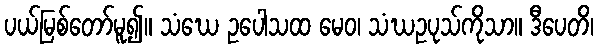
ပယ်မြစ်တော်မူ၍။ သံဃေ ဥပေါသထ မေဝ၊ သံဃဥပုသ်ကိုသာ။ ဒီပေတိ၊